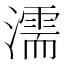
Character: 濡